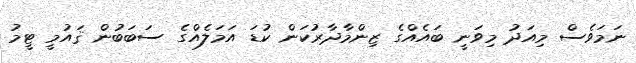
ނަމަވެސް މިއަދު މިވަނީ ބައެއްގެ ޒިންމާދާރުކަން ކުޑަ އަމަލެއްގެ ސަބަބުން ޤައުމީ ޓީމު